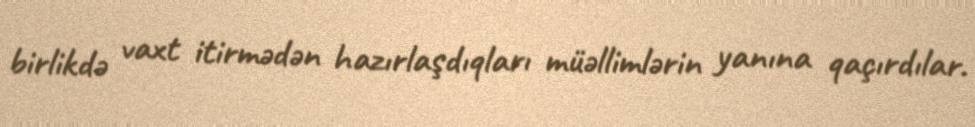
birlikdə vaxt itirmədən hazırlaşdıqları müəllimlərin yanına qaçırdılar.